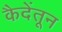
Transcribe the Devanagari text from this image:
कैदेंतून